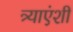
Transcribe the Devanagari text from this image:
त्र्याएंशी